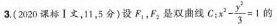
3.(2020课标Ⅰ文，11，5分)设F_{1}，F_{2}是双曲线 $$C : x ^ { 2 } - \frac { y ^ { 2 } } { 3 } = 1$$ 的